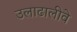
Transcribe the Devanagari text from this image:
उलाढालीवे